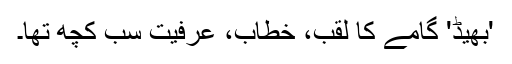
'بھیڈ' گامے کا لقب، خطاب، عرفیت سب کچھ تھا۔